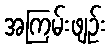
အကြမ်းဖျဉ်း